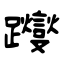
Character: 躞